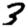
Digit: 3